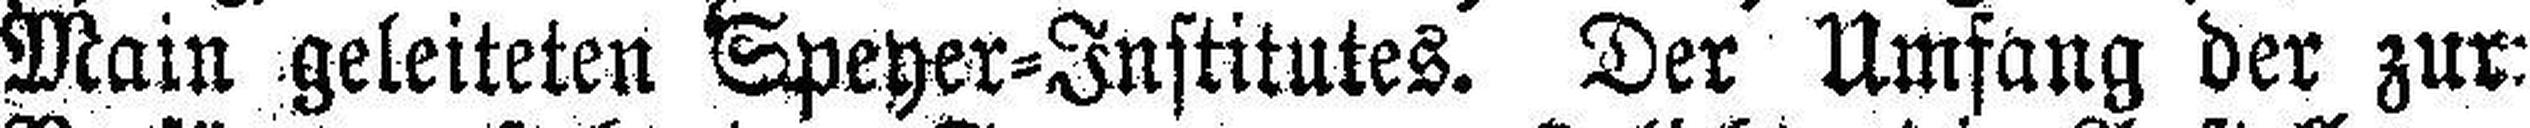
Main geleiteten Speyer=Institutes. Der Umfang der zur